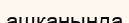
ашқанында